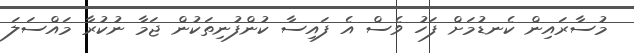
މުސާރައިން ކެނޑުމަށް ފަހު ވެސް އެ ފައިސާ ކުންފުނިތަކުން ޖަމާ ނުކުރާ މައްސަލަ